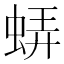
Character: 𧋼